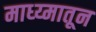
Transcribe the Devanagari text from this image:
माध्य्मातून